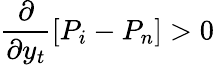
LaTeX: \frac{\partial}{\partial y_{t}}\left[P_{i}-P_{n}\right]>0